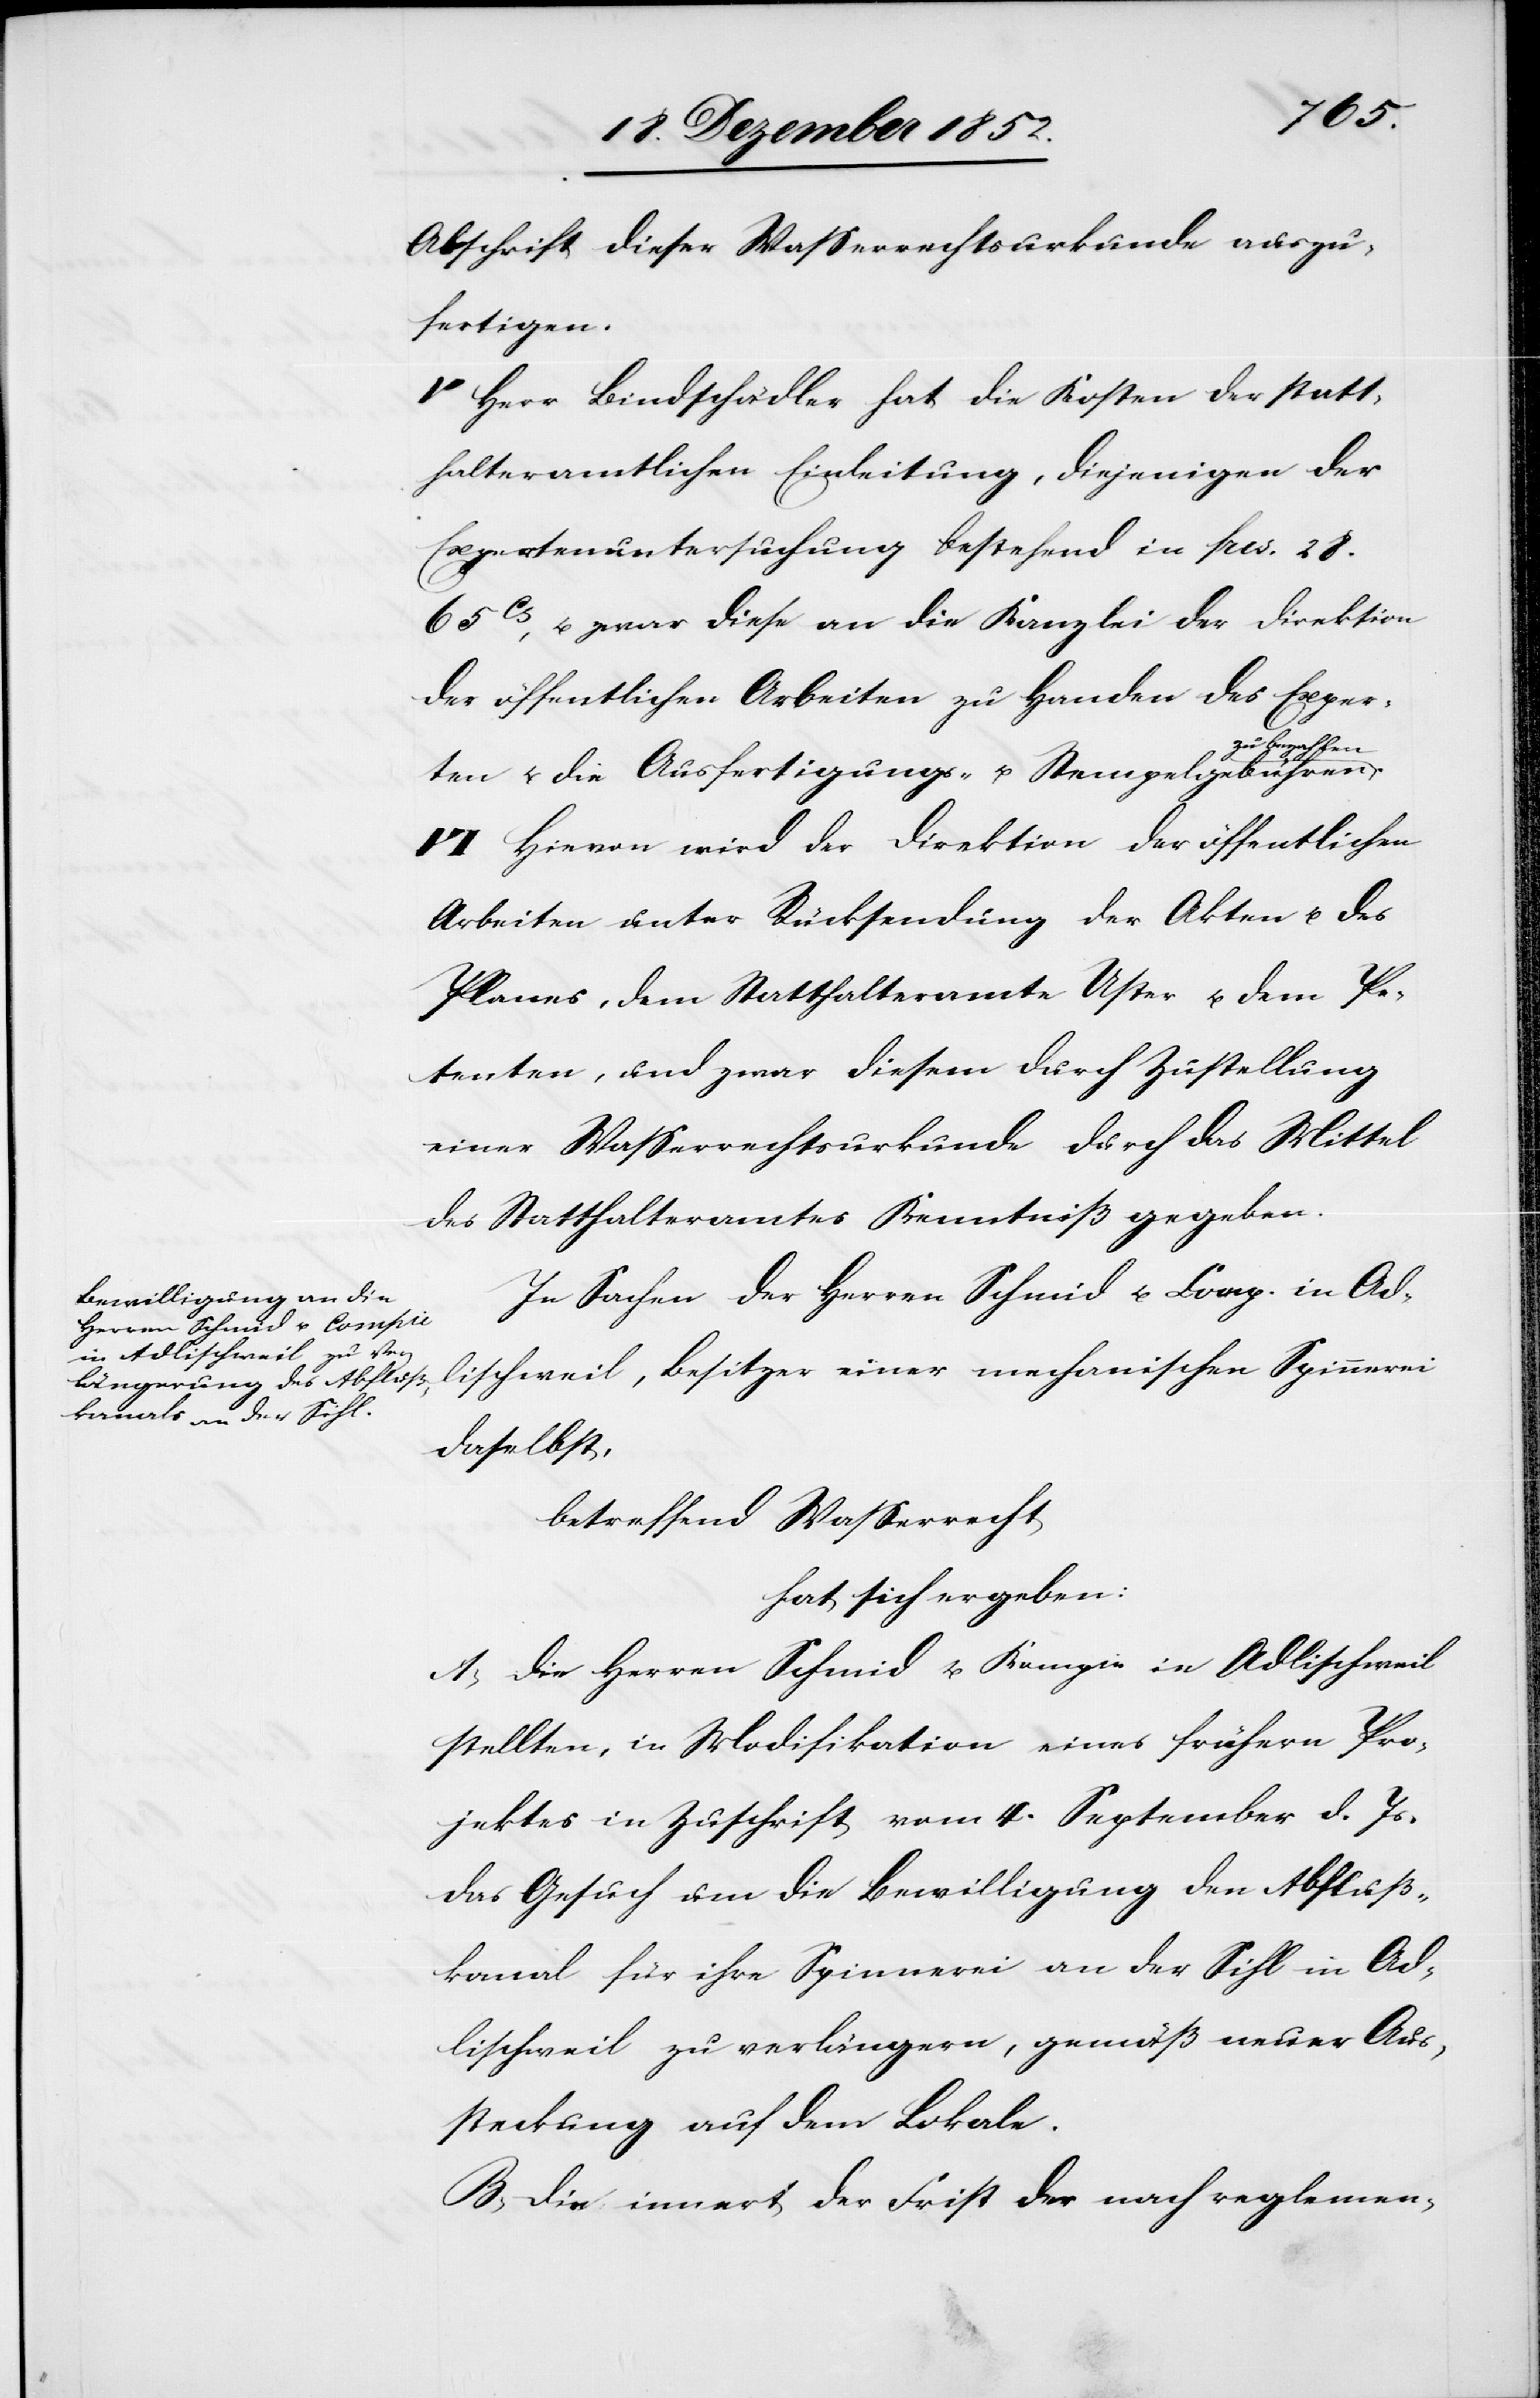
Abschrift dieser Wasserrechtsurkunde auszu¬
fertigen.
V Herr Bindschädler hat die Kosten der statt¬
halteramtlichen Einleitung, diejenigen der
Expertenuntersuchung bestehend in frcs. 28.
65Cts, u. zwar diese an die Kanzlei der Direktion
der öffentlichen Arbeiten zu Handen des Exper¬
zu bezahlen.
ten u. die Ausfertigungs- u. Stempelgebühren
VI Hievon wird der Direktion der öffentlichen
Arbeiten unter Rücksendung der Akten u. des
Planes, dem Statthalteramte Uster u. dem Pe¬
tenten, und zwar diesem durch Zustellung
einer Wasserrechtsurkunde durch das Mittel
des Statthalteramtes Kenntniß gegeben.
In Sachen der Herren Schmid u. Comp. in Ad¬
lischweil, Besitzer einer mechanischen Spinnerei
daselbst,
betreffend Wasserrecht
hat sich ergeben:
A, Die Herren Schmid u. Kompie in Adlischweil
stellten, in Modifikation eines frühern Pro¬
jektes in Zuschrift vom 4. September d. Js.
das Gesuch um die Bewilligung den Abfluß¬
kanal für ihre Spinnerei an der Sihl in Ad¬
lischweil zu verlängern, gemäß neuer Aus¬
steckung auf dem Lokale.
B, Die innert der Frist der nach reglemen-